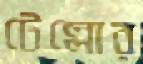
টেল্লোর